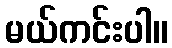
မယ်ကင်းပါ။